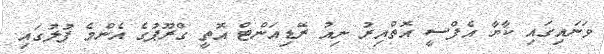
ވަނައިގައި ކާޔާ އެފްސީ އޮތްއިރު ނިއު ރޭޑިއަންޓް އޮތީ ގްރޫޕުގެ އެންމެ ފުލުގައި.